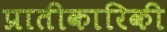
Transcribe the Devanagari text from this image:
प्रातीकारिकी